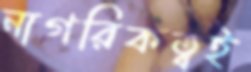
নাগরিকত্বই